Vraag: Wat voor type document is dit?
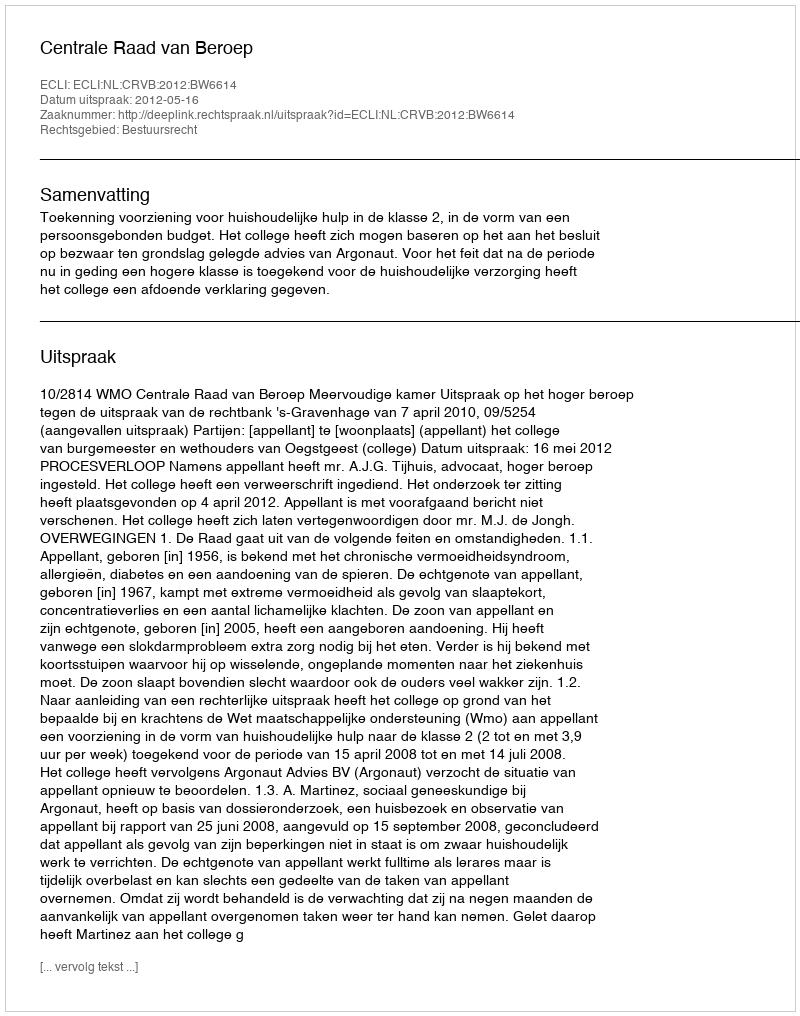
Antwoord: Uitspraak